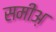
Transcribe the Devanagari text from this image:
समीअ़